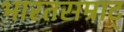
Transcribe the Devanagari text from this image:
भारतसम्राट्